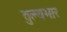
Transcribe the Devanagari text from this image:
तुल्‍यभार